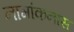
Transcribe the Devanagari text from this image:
नामांकनास